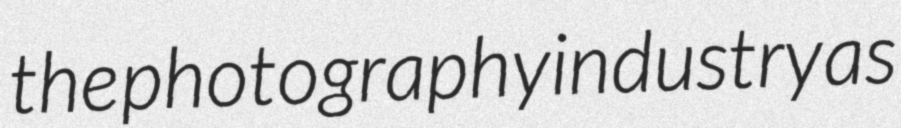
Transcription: the photography industry as